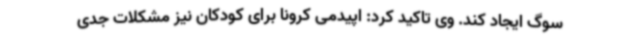
سوگ ایجاد کند. وی تاکید کرد: اپیدمی کرونا برای کودکان نیز مشکلات جدی